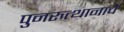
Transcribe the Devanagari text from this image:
पुनरुत्थानाचे